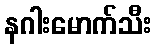
နဂါးမောက်သီး